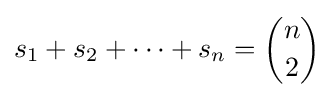
s_{1}+s_{2}+\cdots +s_{n}={n \choose 2}